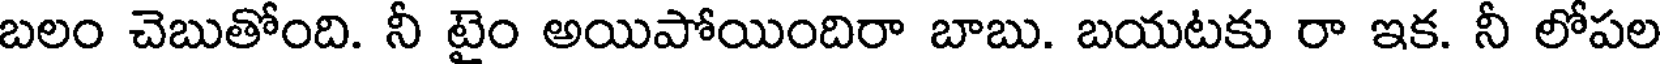
బలం చెబుతోంది. నీ టైం అయిపోయిందిరా బాబు. బయటకు రా ఇక. నీ లోపల